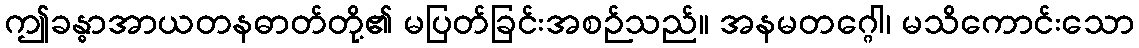
ဤခန္ဓာအာယတနဓာတ်တို့၏ မပြတ်ခြင်းအစဉ်သည်။ အနမတဂ္ဂေါ၊ မသိကောင်းသော